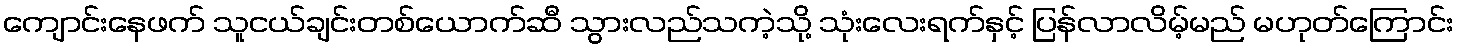
ကျောင်းနေဖက် သူငယ်ချင်းတစ်ယောက်ဆီ သွားလည်သကဲ့သို့ သုံးလေးရက်နှင့် ပြန်လာလိမ့်မည် မဟုတ်ကြောင်း